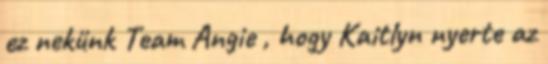
ez nekünk Team Angie , hogy Kaitlyn nyerte az